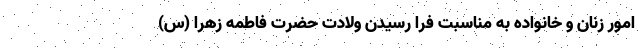
امور زنان و خانواده به مناسبت فرا رسیدن ولادت حضرت فاطمه زهرا (س)